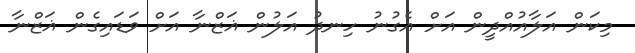
މިކަން އަލާއުއްދީން އަށް އެގުނު ހިނދު އަލުން ޣަޒްނާ އަށް ވަޑައިގެން ޣަޒްނާ